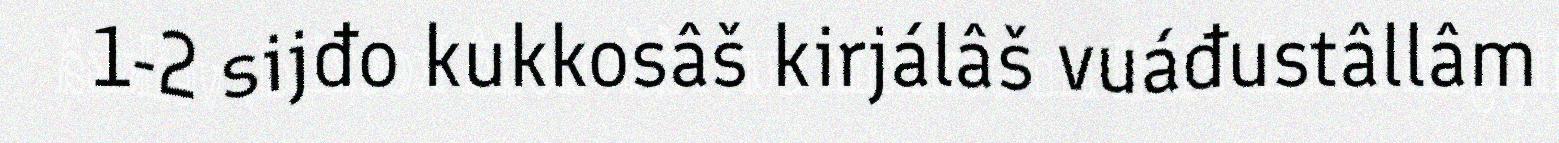
1-2 sijđo kukkosâš kirjálâš vuáđustâllâm